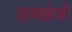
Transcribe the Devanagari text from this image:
दाबक्षेत्रों